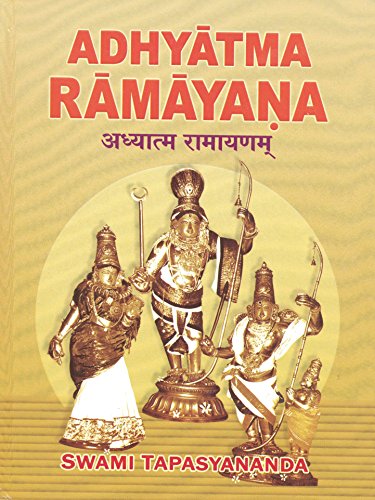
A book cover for Adhyatma Ramayana: The Spiritual Version of the Rama Saga; Swami Tapasyananda; Religion & Spirituality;